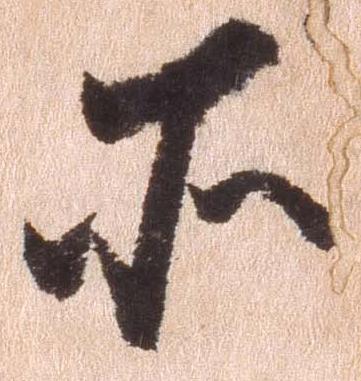
所